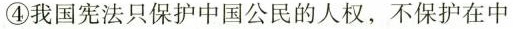
④我国宪法只保护中国公民的人权，不保护在中